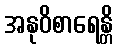
အနုဝိစာရေန္တိ